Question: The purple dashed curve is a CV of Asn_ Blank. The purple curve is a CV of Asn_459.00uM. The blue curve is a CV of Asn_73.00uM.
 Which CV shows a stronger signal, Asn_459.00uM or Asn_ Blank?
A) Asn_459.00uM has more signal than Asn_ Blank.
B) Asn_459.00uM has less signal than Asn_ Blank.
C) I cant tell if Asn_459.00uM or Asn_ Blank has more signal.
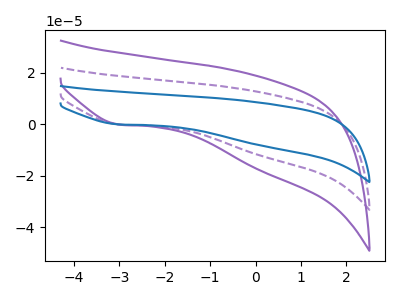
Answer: <think>The purple dashed curve "Asn_ Blank" has a cathodic peak at: (-3.00V, -0.05uA). The purple curve "Asn_459.00uM" has a cathodic peak at: (-3.00V, -0.10uA). The blue curve "Asn_73.00uM" has a cathodic peak at: (-3.00V, -0.10uA).
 All the peaks in "Asn_459.00uM" have a peak in "Asn_ Blank" at the same potential. Every peak in "Asn_459.00uM" is higher than every peak in "Asn_ Blank".</think>
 <answer>A) "Asn_459.00uM" has more signal than "Asn_ Blank".</answer>
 <eval>A</eval>